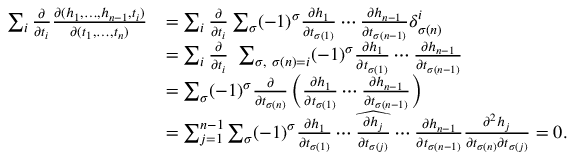
\begin{array} { r l } { \sum _ { i } \frac { \partial } { \partial t _ { i } } \frac { \partial ( h _ { 1 } , \dotsc , h _ { n - 1 } , t _ { i } ) } { \partial ( t _ { 1 } , \dotsc , t _ { n } ) } } & { = \sum _ { i } \frac { \partial } { \partial t _ { i } } \sum _ { \sigma } ( - 1 ) ^ { \sigma } \frac { \partial h _ { 1 } } { \partial t _ { \sigma ( 1 ) } } \cdots \frac { \partial h _ { n - 1 } } { \partial t _ { \sigma ( n - 1 ) } } \delta _ { \sigma ( n ) } ^ { i } } \\ & { = \sum _ { i } \frac { \partial } { \partial t _ { i } } \ \sum _ { \sigma , \ \sigma ( n ) = i } ( - 1 ) ^ { \sigma } \frac { \partial h _ { 1 } } { \partial t _ { \sigma ( 1 ) } } \cdots \frac { \partial h _ { n - 1 } } { \partial t _ { \sigma ( n - 1 ) } } } \\ & { = \sum _ { \sigma } ( - 1 ) ^ { \sigma } \frac { \partial } { \partial t _ { \sigma ( n ) } } \left( \frac { \partial h _ { 1 } } { \partial t _ { \sigma ( 1 ) } } \cdots \frac { \partial h _ { n - 1 } } { \partial t _ { \sigma ( n - 1 ) } } \right) } \\ & { = \sum _ { j = 1 } ^ { n - 1 } \sum _ { \sigma } ( - 1 ) ^ { \sigma } \frac { \partial h _ { 1 } } { \partial t _ { \sigma ( 1 ) } } \cdots \widehat { \frac { \partial h _ { j } } { \partial t _ { \sigma ( j ) } } } \cdots \frac { \partial h _ { n - 1 } } { \partial t _ { \sigma ( n - 1 ) } } \frac { \partial ^ { 2 } h _ { j } } { \partial t _ { \sigma ( n ) } \partial t _ { \sigma ( j ) } } = 0 . } \end{array}